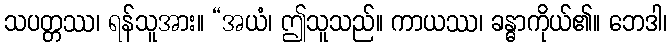
သပတ္တဿ၊ ရန်သူအား။ “အယံ၊ ဤသူသည်။ ကာယဿ၊ ခန္ဓာကိုယ်၏။ ဘေဒါ၊